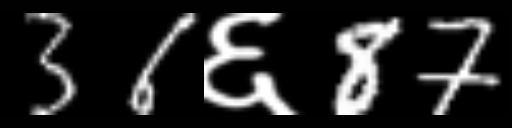
Text: 36६87